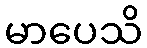
မာပေသိ